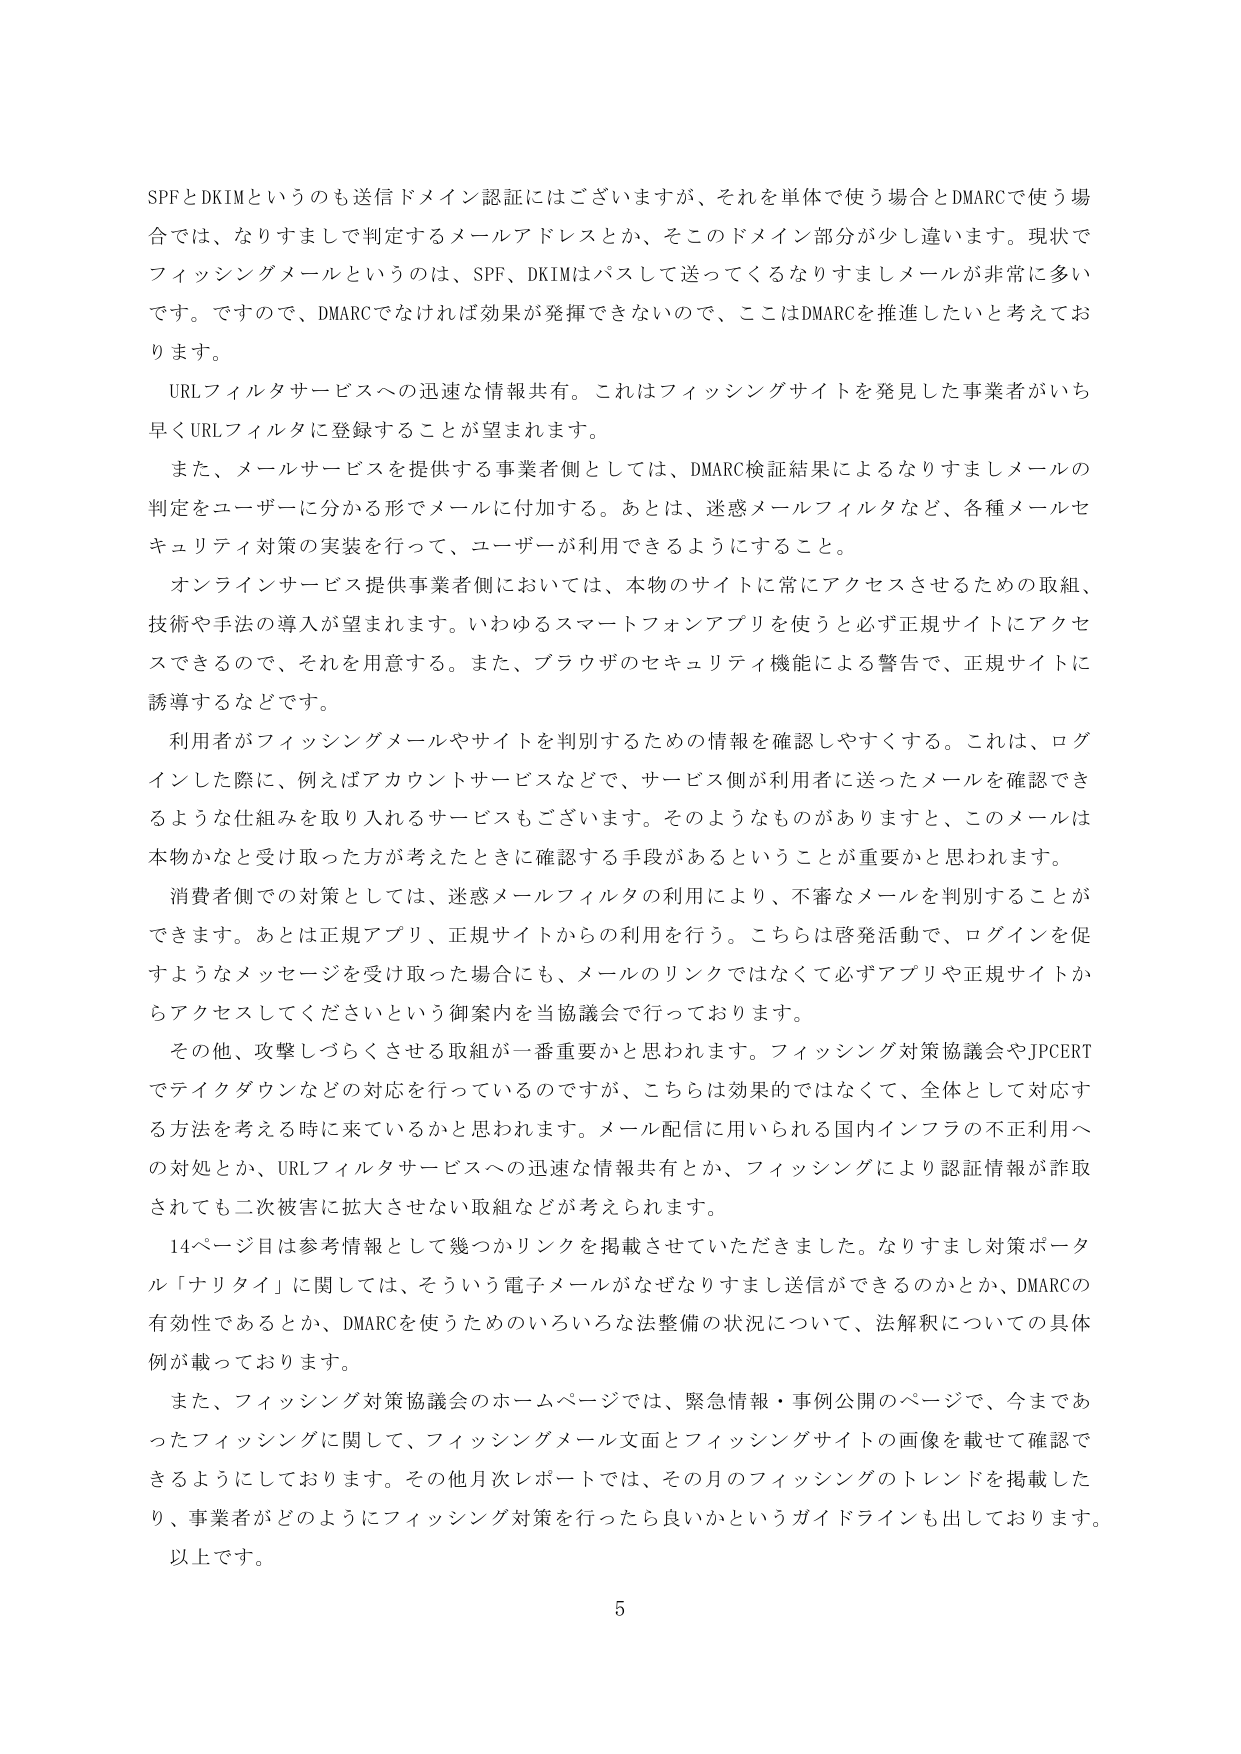
SPFとDKIMというのも送信ドメイン認証にはございますが、それを単体で使う場合とDMARCで使う場合では、なりすましで判定するメールアドレスとか、そこのドメイン部分が少し違います。現状でフィッシングメールというのは、SPF、DKIMはパスして送ってくるなりすましメールが非常に多いです。ですので、DMARCでなければ効果が発揮できないので、ここはDMARCを推進したいと考えております。

URLフィルタサービスへの迅速な情報共有。これはフィッシングサイトを発見した事業者がいち早くURLフィルタに登録することが望まれます。

また、メールサービスを提供する事業者側としては、DMARC検証結果によるなりすましメールの判定をユーザーに分かる形でメールに付加する。あとは、迷惑メールフィルタなど、各種メールセキュリティ対策の実装を行って、ユーザーが利用できるようにすること。

オンラインサービス提供事業者側においては、本物のサイトに常にアクセスさせるための取組、技術や手法の導入が望まれます。いわゆるスマートフォンアプリを使うと必ず正規サイトにアクセスできるので、それを用意する。また、ブラウザのセキュリティ機能による警告で、正規サイトに誘導するなどです。

利用者がフィッシングメールやサイトを判別するための情報を確認しやすくする。これは、ログインした際に、例えばアカウントサービスなどで、サービス側が利用者に送ったメールを確認できるような仕組みを取り入れるサービスもございます。そのようなものがありますと、このメールは本物かと受け取った方が考えたときに確認する手段があるということが重要かと思われます。

消費者側での対策としては、迷惑メールフィルタの利用により、不審なメールを判別することができます。あとは正規アプリ、正規サイトからの利用を行う。こちらは啓発活動で、ログインを促すようなメッセージを受け取った場合にも、メールのリンクではなくて必ずアプリや正規サイトからアクセスしてくださいという御案内を当協議会で行っております。

その他、攻撃しづらくさせる取組が一番重要かと思われます。フィッシング対策協議会やJPCERTでテイクダウンなどの対応を行っているのですが、こちらは効果的ではなくて、全体として対応する方法を考える時に来ているかと思われます。メール配信に用いられる国内インフラの不正利用への対処とか、URLフィルタサービスへの迅速な情報共有とか、フィッシングにより認証情報が詐取されても二次被害に拡大させない取組などが考えられます。

14ページ目は参考情報として幾つかリンクを掲載させていただきました。なりすまし対策ポータル「ナリタイ」に関しては、そういう電子メールがなぜなりすまし送信ができるのかとか、DMARCの有効性であるとか、DMARCを使うためのいろいろな法整備の状況について、法解釈についての具体例が載っております。

また、フィッシング対策協議会のホームページでは、緊急情報・事例公開のページで、今まであったフィッシングに関して、フィッシングメール文面とフィッシングサイトの画像を載せて確認できるようにしております。その他月次レポートでは、その月のフィッシングのトレンドを掲載したり、事業者がどのようにフィッシング対策を行ったら良いかというガイドラインも出しております。

以上です。

5